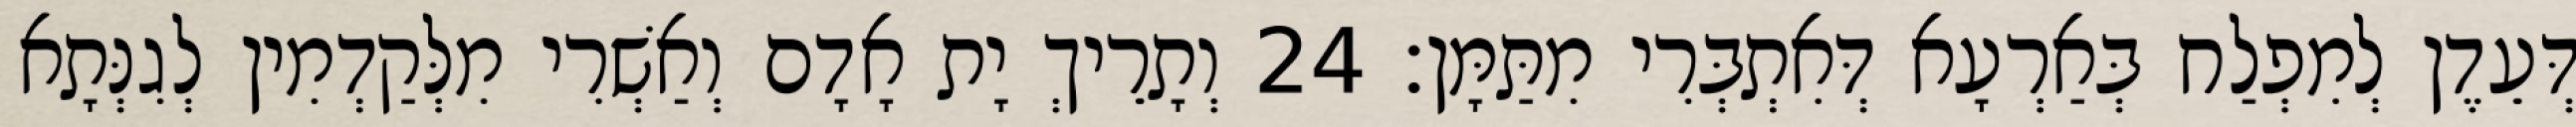
דְּעֵדֶן לְמִפְלַח בְּאַרְעָא דְּאִתְבְּרִי מִתַּמָּן׃ 24 וְתָרֵיךְ יָת אָדָם וְאַשְׁרִי מִלְּקַדְמִין לְגִנְּתָא